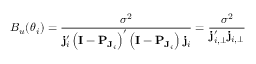
B _ { u } ( \boldsymbol \theta _ { i } ) = \frac { \sigma ^ { 2 } } { \mathbf { j } _ { i } ^ { \prime } \left( \mathbf { I } - \mathbf { P } _ { \mathbf { J } _ { i } } \right) ^ { \prime } \left( \mathbf { I } - \mathbf { P } _ { \mathbf { J } _ { i } } \right) \mathbf { j } _ { i } } = \frac { \sigma ^ { 2 } } { \mathbf { j } _ { i , \perp } ^ { \prime } \mathbf { j } _ { i , \perp } }